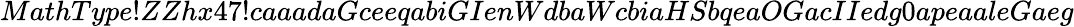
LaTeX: MathType!ZZhx47!caaadaGceeqabiGIenWdbaWcbiaHSbqeaOGacIIedg0apeaaleGaeg